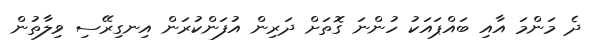
ދެ މަންމަ އާއި ބައްޕައަކު ހުންނަ ގޮތަށް ދަރިން އުފަންކުރަން އިނގިރޭސި ވިލާތުން